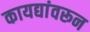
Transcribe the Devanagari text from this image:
कायद्यांवरून